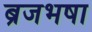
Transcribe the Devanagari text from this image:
ब्रजभषा